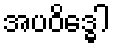
အပဝိဒ္ဓေါ